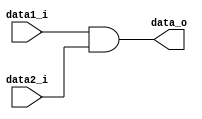
module AND_gate(
	data1_i,
	data2_i,
	data_o
);

input data1_i, data2_i;
output data_o;

assign data_o = (data1_i & data2_i);

endmodule